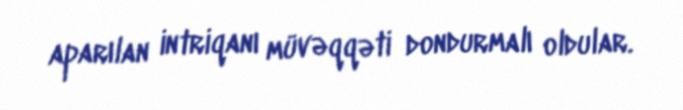
aparılan intriqanı müvəqqəti dondurmalı oldular.